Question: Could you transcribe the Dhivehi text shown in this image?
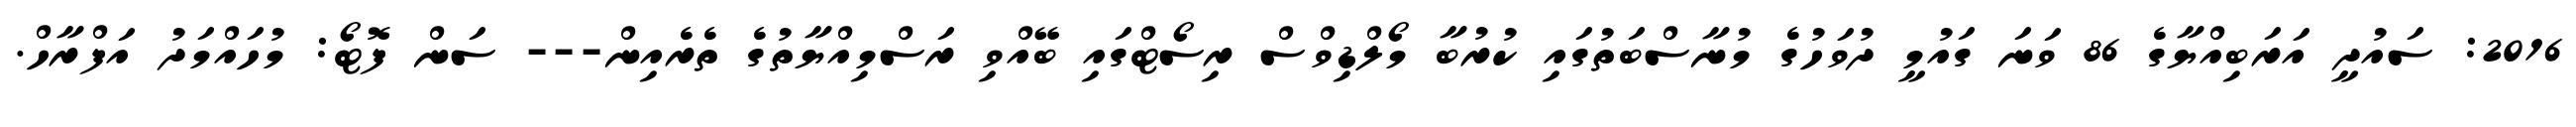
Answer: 2016: ސައުދީ އަރަބިއްޔާގެ 86 ވަނަ ގައުމީ ދުވަހުގެ މުނާސްބަތުގައި ކުރުބާ މޯލްޑިވްސް ރިސޯޓްގައި ބޭއްވި ރަސްމިއްޔާތުގެ ތެރެއިން--- ސަން ފޮޓޯ: މުހައްމަދު އަފްރާހް.